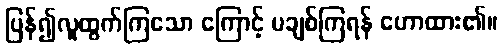
ပြန်၍လူထွက်ကြသော ကြောင့် မချစ်ကြရန် ဟောထား၏။